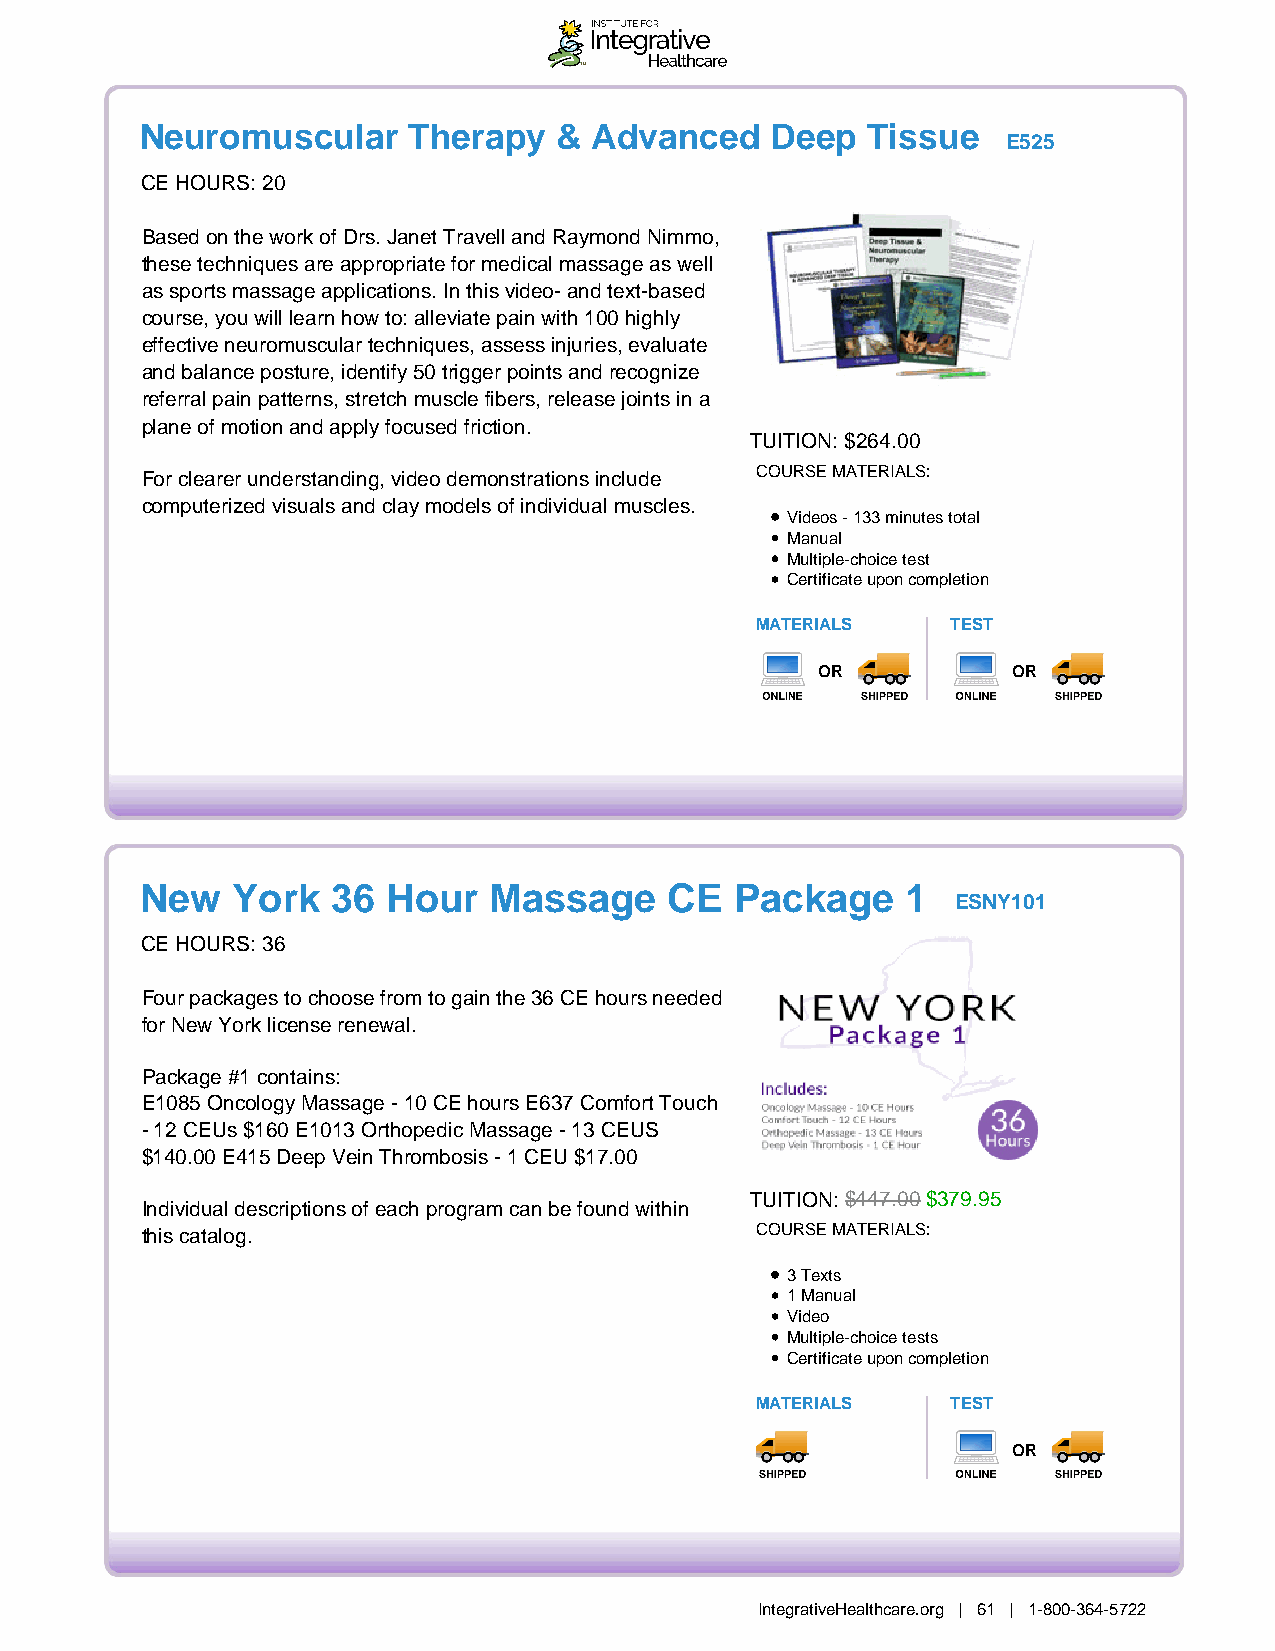
Neuromuscular     Therapy   & Advanced    Deep  Tissue
 E525
 CE HOURS: 20
 Based on the work of Drs. Janet Travell and Raymond Nimmo,
 these techniques are appropriate for medical massage as well
 as sports massage applications. In this video- and text-based
 course, you will learn how to: alleviate pain with 100 highly
 effective neuromuscular techniques, assess injuries, evaluate
 and balance posture, identify 50 trigger points and recognize
 referral pain patterns, stretch muscle fibers, release joints in a
 plane of motion and apply focused friction.
 TUITION: $264.00
 For clearer understanding, video demonstrations include COURSE MATERIALS:
 computerized visuals and clay models of individual muscles.
 Videos - 133 minutes total
 Manual
 Multiple-choice test
 Certificate upon completion
 MATERIALS    TEST
 OR           OR
 New   York   36  Hour  Massage     CE   Package    1
 ESNY101
 CE HOURS: 36
 Four packages to choose from to gain the 36 CE hours needed
 for New York license renewal.
 Package #1 contains:
 E1085 Oncology Massage - 10 CE hours E637 Comfort Touch
 - 12 CEUs $160 E1013 Orthopedic Massage - 13 CEUS
 $140.00 E415 Deep Vein Thrombosis - 1 CEU $17.00
 TUITION: $447.00 $379.95
 Individual descriptions of each program can be found within
 this catalog.                            COURSE MATERIALS:
 3 Texts
 1 Manual
 Video
 Multiple-choice tests
 Certificate upon completion
 MATERIALS    TEST
 OR
 IntegrativeHealthcare.org | 61 | 1-800-364-5722